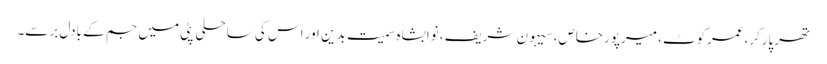
تھرپارکر،عمرکوٹ، میرپورخاص، سیہون شریف، نوابشاہ سمیت بدین اور اس کی ساحلی پٹی میں جم کے بادل برسے۔